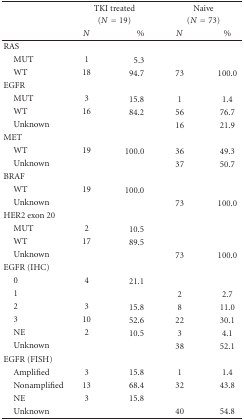
<table><thead><tr><td></td><td colspan="2"><b>TKI treated</b></td><td colspan="2"><b>Naive</b></td></tr><tr><td></td><td colspan="2"><b>(<i>N</i> = 19)</b></td><td colspan="2"><b>(<i>N</i> = 73)</b></td></tr><tr><td></td><td><b><i>N</i></b></td><td><b>%</b></td><td><b><i>N</i></b></td><td><b>%</b></td></tr></thead><tbody><tr><td>RAS</td><td></td><td></td><td></td><td></td></tr><tr><td> MUT</td><td>1</td><td>5.3</td><td></td><td></td></tr><tr><td> WT</td><td>18</td><td>94.7</td><td>73</td><td>100.0</td></tr><tr><td>EGFR</td><td></td><td></td><td></td><td></td></tr><tr><td> MUT</td><td>3</td><td>15.8</td><td>1</td><td>1.4</td></tr><tr><td> WT</td><td>16</td><td>84.2</td><td>56</td><td>76.7</td></tr><tr><td> Unknown</td><td></td><td></td><td>16</td><td>21.9</td></tr><tr><td>MET</td><td></td><td></td><td></td><td></td></tr><tr><td> WT</td><td>19</td><td>100.0</td><td>36</td><td>49.3</td></tr><tr><td> Unknown</td><td></td><td></td><td>37</td><td>50.7</td></tr><tr><td>BRAF</td><td></td><td></td><td></td><td></td></tr><tr><td> WT</td><td>19</td><td>100.0</td><td></td><td></td></tr><tr><td> Unknown</td><td></td><td></td><td>73</td><td>100.0</td></tr><tr><td>HER2 exon 20</td><td></td><td></td><td></td><td></td></tr><tr><td> MUT</td><td>2</td><td>10.5</td><td></td><td></td></tr><tr><td> WT</td><td>17</td><td>89.5</td><td></td><td></td></tr><tr><td> Unknown</td><td></td><td></td><td>73</td><td>100.0</td></tr><tr><td>EGFR (IHC)</td><td></td><td></td><td></td><td></td></tr><tr><td> 0</td><td>4</td><td>21.1</td><td></td><td></td></tr><tr><td> 1</td><td></td><td></td><td>2</td><td>2.7</td></tr><tr><td> 2</td><td>3</td><td>15.8</td><td>8</td><td>11.0</td></tr><tr><td> 3</td><td>10</td><td>52.6</td><td>22</td><td>30.1</td></tr><tr><td> NE</td><td>2</td><td>10.5</td><td>3</td><td>4.1</td></tr><tr><td> Unknown</td><td></td><td></td><td>38</td><td>52.1</td></tr><tr><td>EGFR (FISH)</td><td></td><td></td><td></td><td></td></tr><tr><td> Amplified</td><td>3</td><td>15.8</td><td>1</td><td>1.4</td></tr><tr><td> Nonamplified</td><td>13</td><td>68.4</td><td>32</td><td>43.8</td></tr><tr><td> NE</td><td>3</td><td>15.8</td><td></td><td></td></tr><tr><td> Unknown</td><td></td><td></td><td>40</td><td>54.8</td></tr></tbody></table>